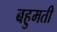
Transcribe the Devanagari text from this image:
बहुमती